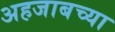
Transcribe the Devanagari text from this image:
अहजाबच्या